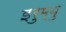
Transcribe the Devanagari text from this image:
इरुम्बु